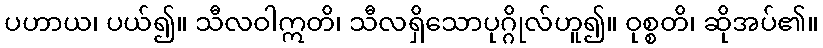
ပဟာယ၊ ပယ်၍။ သီလဝါဣတိ၊ သီလရှိသောပုဂ္ဂိုလ်ဟူ၍။ ဝုစ္စတိ၊ ဆိုအပ်၏။